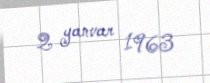
2 yanvar 1963